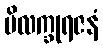
မိလက္ခုရဇနံ